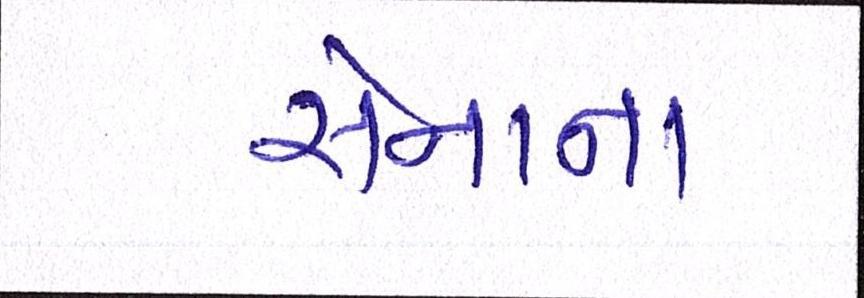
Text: સેનાના